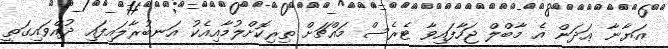
އަޔާނާ ޢަދަން އެ މާބްލް ޖަހާފައިވާ ޓެރެސް މައްޗަށް ތިރިކޮށްލުމާއިއެކު އަނބުރާލައިފައި ދުއްވައިގަތީ